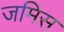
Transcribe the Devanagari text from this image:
जमिस